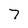
Character: 7